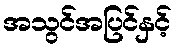
အသွင်အပြင်နှင့်